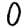
Digit: 0